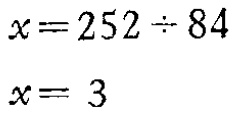
\[

\begin{align*}

x&=252\div84\\

x&= 3

\end{align*}

\]